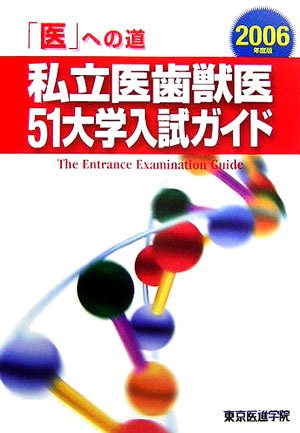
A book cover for Road private dentistry veterinary college entrance examination 51 guide to the "i" <2006 edition> (2005) ISBN: 4881422685 [Japanese Import]; Medical Books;